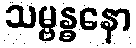
သမ္ဗန္ဓနော